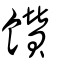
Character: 饡